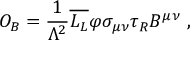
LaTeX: { \cal O } _ { B } = \frac { 1 } { \Lambda ^ { 2 } } \overline { { { L _ { L } } } } \varphi \sigma _ { \mu \nu } \tau _ { R } B ^ { \mu \nu } ~ ,